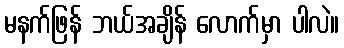
မနက်ဖြန် ဘယ်အချိန် လောက်မှာ ပါလဲ။